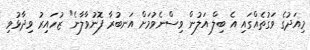
މިއަދުގެ ވަގުތެއްގައި އެ ބިލް އަލުން ވިސްނެވުމަށް އަނބުރާ ފޮނުވާލާނެ" ޒުހައިރު ވިދާޅުވި